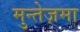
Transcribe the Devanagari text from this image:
मुन्तेज़मा